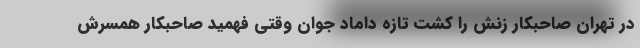
در تهران صاحبکار زنش را کشت تازه داماد جوان وقتی فهمید صاحبکار همسرش